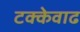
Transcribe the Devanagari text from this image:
टक्केवाढ